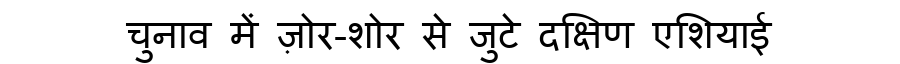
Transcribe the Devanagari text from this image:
चुनाव में ज़ोर-शोर से जुटे दक्षिण एशियाई